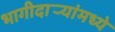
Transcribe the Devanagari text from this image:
भागीदार्‍यांमध्ये